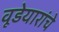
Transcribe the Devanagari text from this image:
वूडेयारांचे